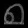
Digit: ၈